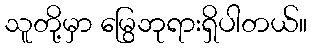
သူတို့မှာ မြွေဘုရားရှိပါတယ်။